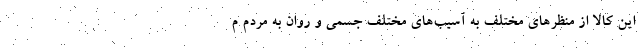
این کالا از منظرهای مختلف به آسیب‌های مختلف جسمی و روان به مردم م